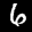
Label: 6